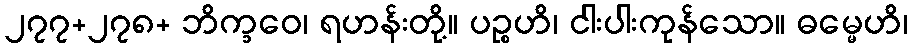
၂၇၇+၂၇၈+ ဘိက္ခဝေ၊ ရဟန်းတို့။ ပဉ္စဟိ၊ ငါးပါးကုန်သော။ ဓမ္မေဟိ၊